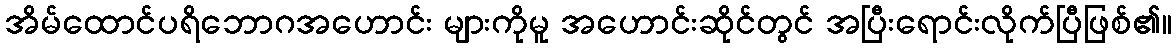
အိမ်ထောင်ပရိဘောဂအဟောင်း များကိုမူ အဟောင်းဆိုင်တွင် အပြီးရောင်းလိုက်ပြီဖြစ်၏။